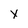
Character: y